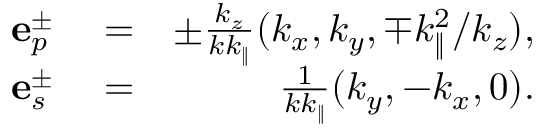
\begin{array} { r l r } { \mathbf { e } _ { p } ^ { \pm } } & { { } = } & { \pm \frac { k _ { z } } { k k _ { \| } } ( k _ { x } , k _ { y } , \mp k _ { \| } ^ { 2 } / k _ { z } ) , } \\ { \mathbf { e } _ { s } ^ { \pm } } & { { } = } & { \frac { 1 } { k k _ { \| } } ( k _ { y } , - k _ { x } , 0 ) . } \end{array}